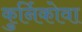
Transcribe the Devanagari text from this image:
कुर्निकोवा